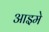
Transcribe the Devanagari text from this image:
आइमे